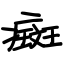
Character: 癍